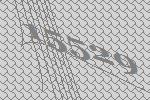
15529